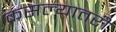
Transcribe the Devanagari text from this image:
कसल्यातरी